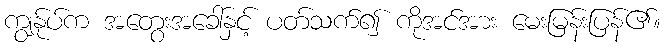
ကျွန်ုပ်က အတွေးအခေါ်နှင့် ပတ်သက်၍ ကိုအင်အား မေးမြန်းပြန်၏။